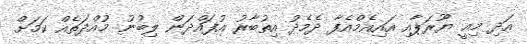
އަދި މިއީ ޔޫރަޕާއި އައިއެމްއެފާ ދެމެދު އިތުބާރު އުފައްދަން ލިބުނު މުއްދަތެއް ކަމަށް